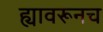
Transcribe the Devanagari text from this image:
ह्यावरूनच